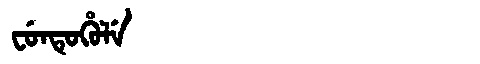
Manchu: ᠸᡠᠨᡨᡠᡥᡠᠯᡝ
Romanization: FUNTUHULE